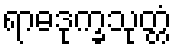
ရာဓဒုက္ခသုတ္တံ